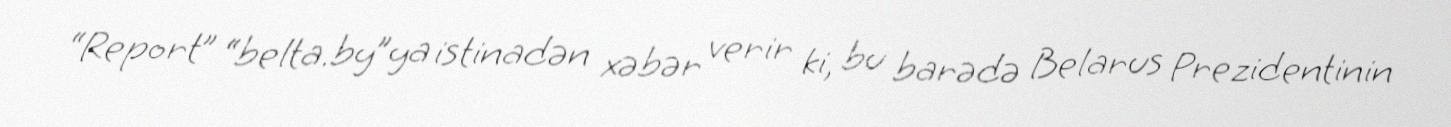
“Report” “belta.by”ya istinadən xəbər verir ki, bu barədə Belarus Prezidentinin